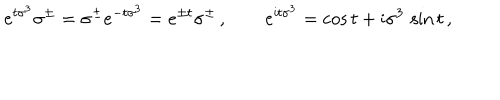
LaTeX: e ^ { t \sigma ^ { 3 } } \sigma ^ { \pm } = \sigma ^ { \pm } e ^ { - t \sigma ^ { 3 } } = e ^ { \pm t } \sigma ^ { \pm } \, , \qquad e ^ { \mathrm { i } t \sigma ^ { 3 } } = \cos t + \mathrm { i } \sigma ^ { 3 } \, \sin t \, ,